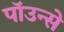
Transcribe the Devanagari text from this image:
पाॅउन्से